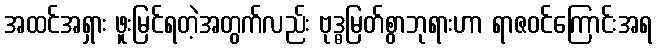
အထင်အရှား ဖူးမြင်ရတဲ့အတွက်လည်း ဗုဒ္ဓမြတ်စွာဘုရားဟာ ရာဇဝင်ကြောင်းအရ